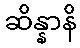
ဆိန္နာနိ